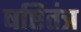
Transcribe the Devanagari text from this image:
षष्टितंत्र